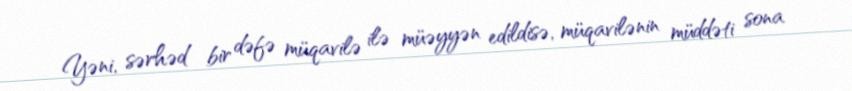
Yəni, sərhəd bir dəfə müqavilə ilə müəyyən edildisə, müqavilənin müddəti sona